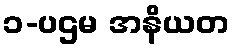
၁-ပဌမ အနိယတ